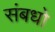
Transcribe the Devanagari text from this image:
संबधो